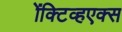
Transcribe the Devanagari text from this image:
ॲक्टिव्हएक्स